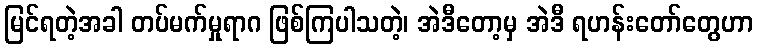
မြင်ရတဲ့အခါ တပ်မက်မှုရာဂ ဖြစ်ကြပါသတဲ့၊ အဲဒီတော့မှ အဲဒီ ရဟန်းတော်တွေဟာ